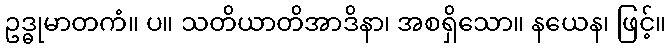
ဥဒ္ဓုမာတကံ။ ပ။ သတိယာတိအာဒိနာ၊ အစရှိသော။ နယေန၊ ဖြင့်။